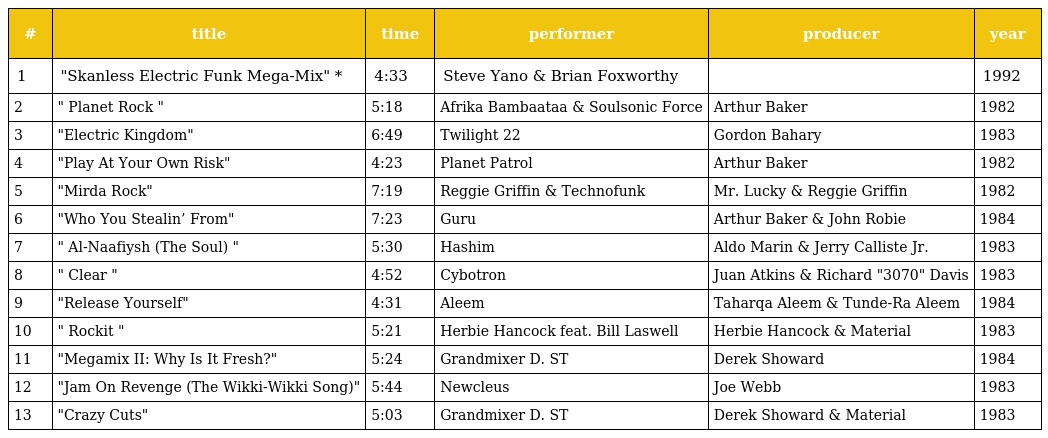
| # | title | time | performer | producer | year |
 | --- | --- | --- | --- | --- | --- |
 | 1 | "Skanless Electric Funk Mega-Mix" * | 4:33 | Steve Yano & Brian Foxworthy |  | 1992 |
 | 2 | " Planet Rock " | 5:18 | Afrika Bambaataa & Soulsonic Force | Arthur Baker | 1982 |
 | 3 | "Electric Kingdom" | 6:49 | Twilight 22 | Gordon Bahary | 1983 |
 | 4 | "Play At Your Own Risk" | 4:23 | Planet Patrol | Arthur Baker | 1982 |
 | 5 | "Mirda Rock" | 7:19 | Reggie Griffin & Technofunk | Mr. Lucky & Reggie Griffin | 1982 |
 | 6 | "Who You Stealin’ From" | 7:23 | Guru | Arthur Baker & John Robie | 1984 |
 | 7 | " Al-Naafiysh (The Soul) " | 5:30 | Hashim | Aldo Marin & Jerry Calliste Jr. | 1983 |
 | 8 | " Clear " | 4:52 | Cybotron | Juan Atkins & Richard "3070" Davis | 1983 |
 | 9 | "Release Yourself" | 4:31 | Aleem | Taharqa Aleem & Tunde-Ra Aleem | 1984 |
 | 10 | " Rockit " | 5:21 | Herbie Hancock feat. Bill Laswell | Herbie Hancock & Material | 1983 |
 | 11 | "Megamix II: Why Is It Fresh?" | 5:24 | Grandmixer D. ST | Derek Showard | 1984 |
 | 12 | "Jam On Revenge (The Wikki-Wikki Song)" | 5:44 | Newcleus | Joe Webb | 1983 |
 | 13 | "Crazy Cuts" | 5:03 | Grandmixer D. ST | Derek Showard & Material | 1983 |